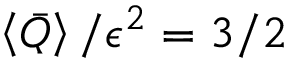
\left< \bar { Q } \right> / \epsilon ^ { 2 } = 3 / 2